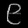
Digit: ၉